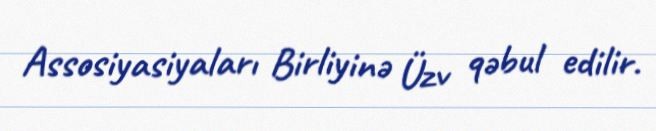
Assosiyasiyaları Birliyinə Üzv qəbul edilir.